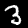
Label: 3